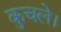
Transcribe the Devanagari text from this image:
कुचले।